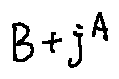
B + j ^ { A }